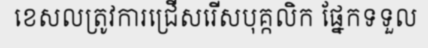
ខេសលត្រូវការជ្រើសរើសបុគ្កលិក ផ្នែកទទួល